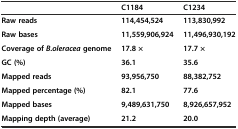
<table><thead><tr><td></td><td><b>C1184</b></td><td><b>C1234</b></td></tr></thead><tbody><tr><td><b>Raw reads</b></td><td><b>114,454,524</b></td><td><b>113,830,992</b></td></tr><tr><td><b>Raw bases</b></td><td><b>11,559,906,924</b></td><td><b>11,496,930,192</b></td></tr><tr><td><b>Coverage of</b><b><i>B.oleracea</i></b><b>genome</b></td><td><b>17.8 ×</b></td><td><b>17.7 ×</b></td></tr><tr><td><b>GC (%)</b></td><td><b>36.1</b></td><td><b>35.6</b></td></tr><tr><td><b>Mapped reads</b></td><td><b>93,956,750</b></td><td><b>88,382,752</b></td></tr><tr><td><b>Mapped percentage (%)</b></td><td><b>82.1</b></td><td><b>77.6</b></td></tr><tr><td><b>Mapped bases</b></td><td><b>9,489,631,750</b></td><td><b>8,926,657,952</b></td></tr><tr><td><b>Mapping depth (average)</b></td><td><b>21.2</b></td><td><b>20.0</b></td></tr></tbody></table>